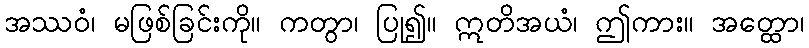
အဿဝံ၊ မဖြစ်ခြင်းကို။ ကတွာ၊ ပြု၍။ ဣတိအယံ၊ ဤကား။ အတ္ထော၊